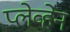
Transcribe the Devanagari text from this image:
प्लेव्हेन